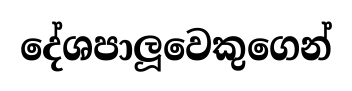
දේශපාලූවෙකුගෙන්